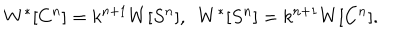
LaTeX: W ^ { * } [ C ^ { n } ] = k ^ { n + 1 } W [ S ^ { n } ] , ~ ~ W ^ { * } [ S ^ { n } ] = k ^ { n + 1 } W [ C ^ { n } ] .